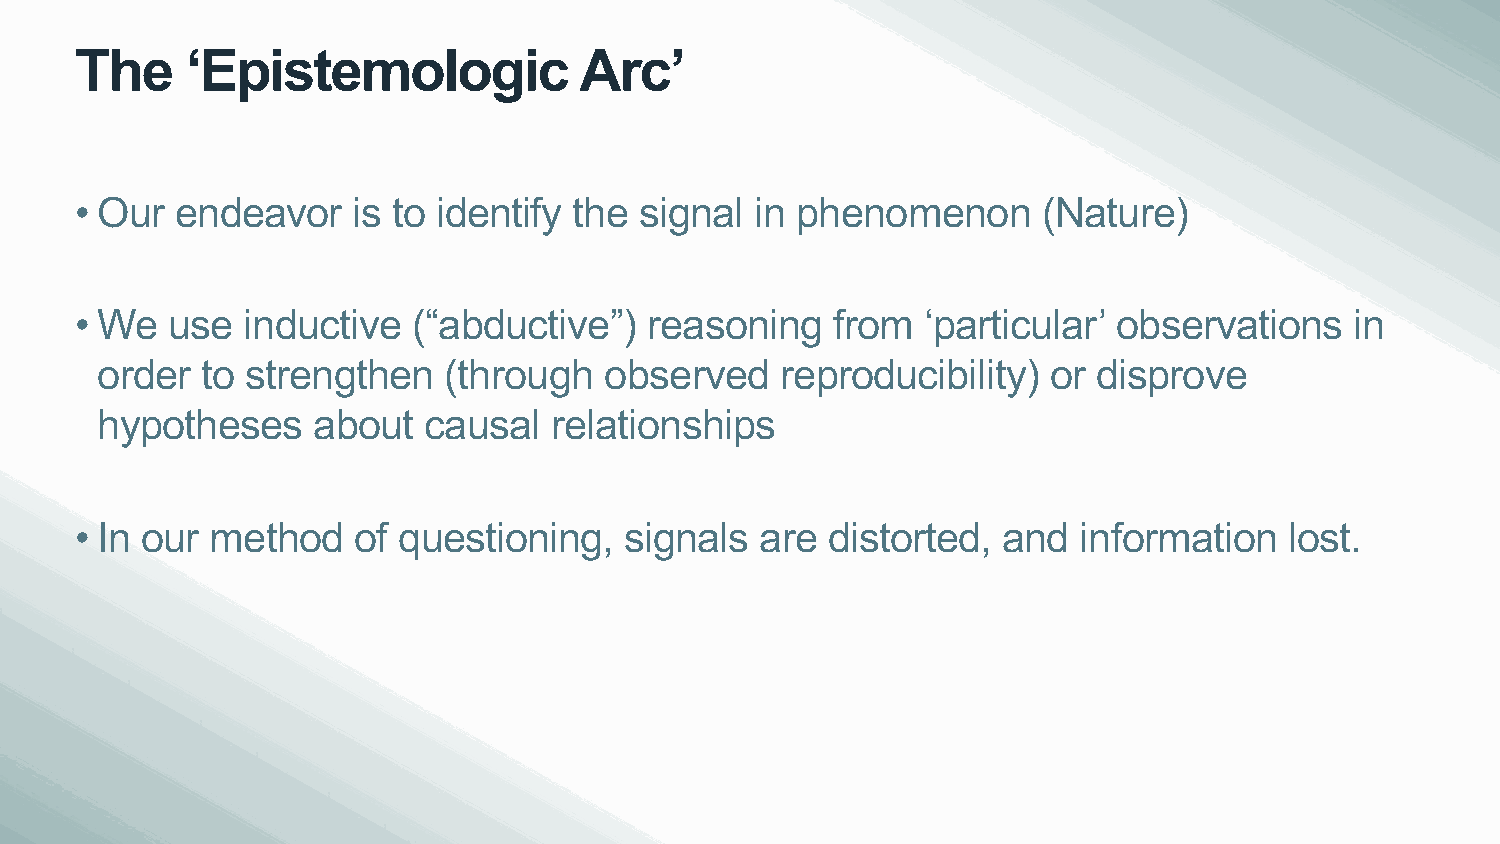
The    ‘Epistemologic            Arc’
 • Our  endeavor   is to identify the signal  in phenomenon      (Nature)
 • We  use  inductive  (“abductive”)   reasoning   from  ‘particular’ observations    in
 order  to strengthen   (through   observed    reproducibility)  or disprove
 hypotheses     about  causal  relationships
 • In our method   of questioning,   signals  are  distorted, and  information   lost.